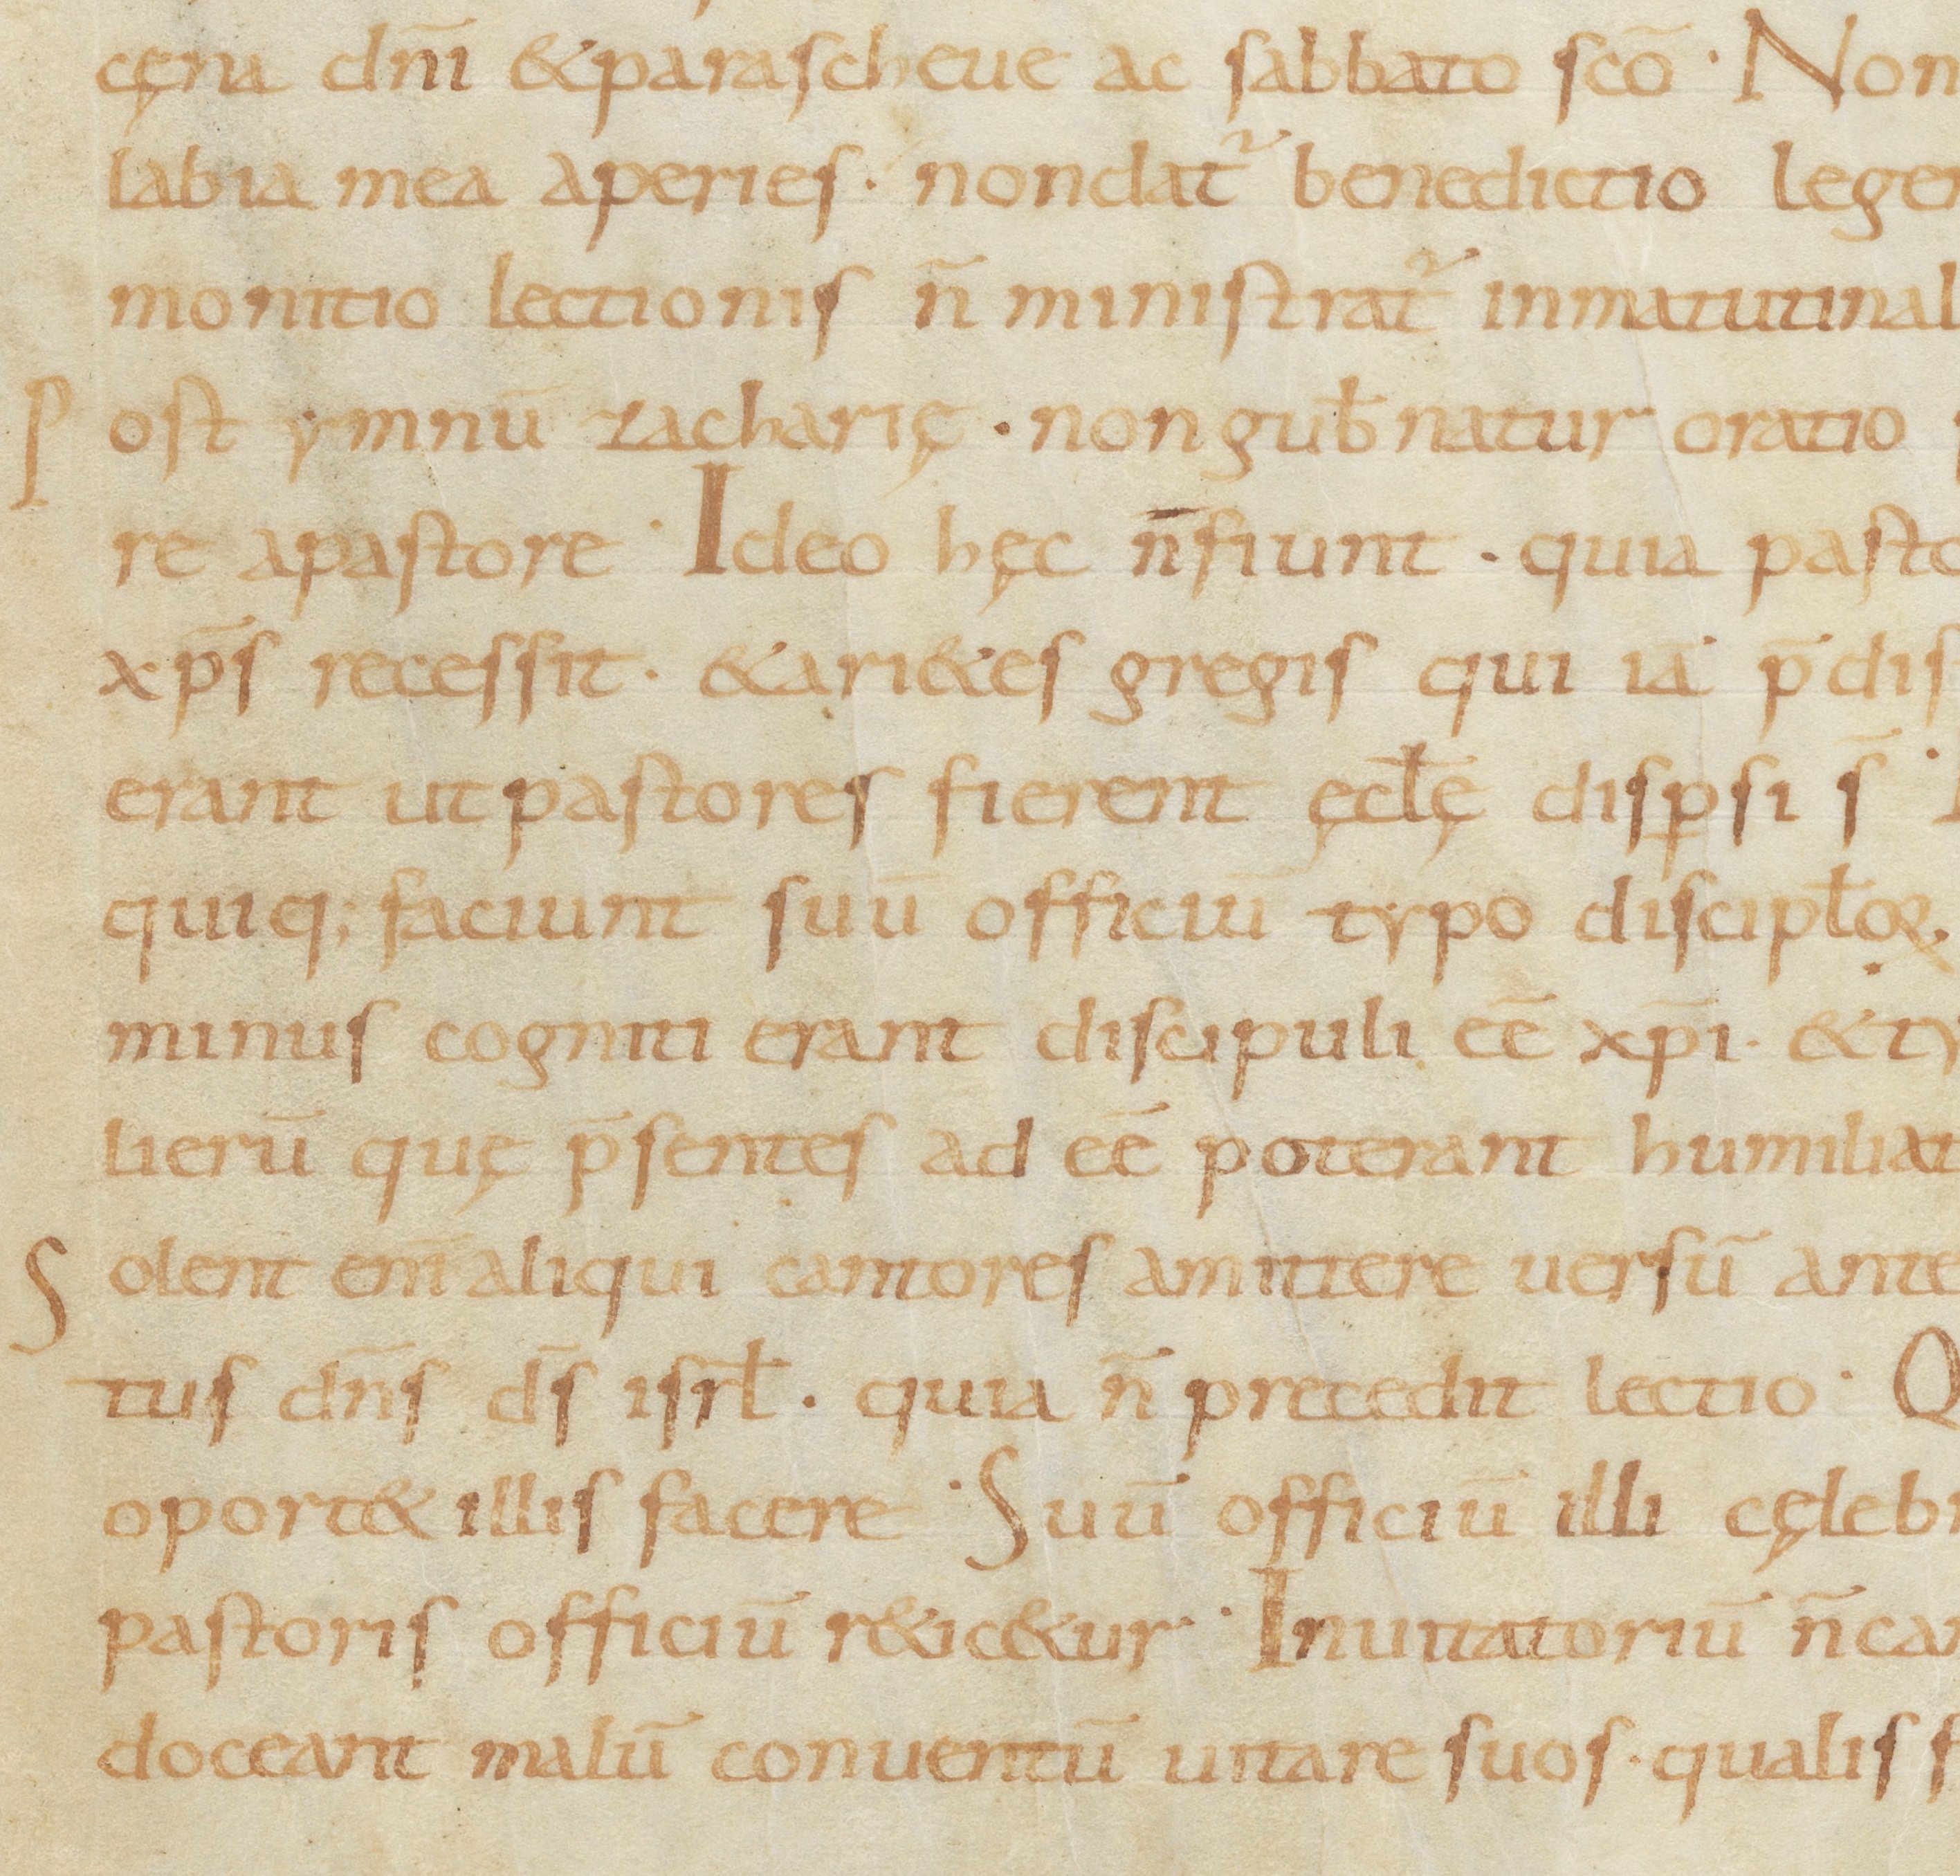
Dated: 800–899